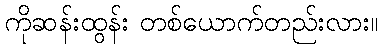
ကိုဆန်းထွန်း တစ်ယောက်တည်းလား။